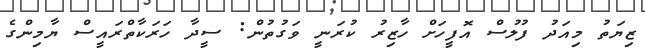
ޒިޔަތު މިއަދު ފުލުސް އޮފީހަށް ހާޒިރު ކުރަނީ ވަގުތުން: ސީދާ ހަރަކާތްރައީސް ޔާމިންގެ